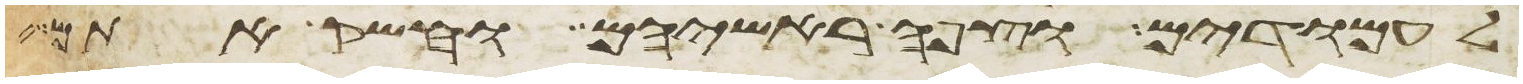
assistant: לעמודים וצפה ראשיהם וחשק אתם